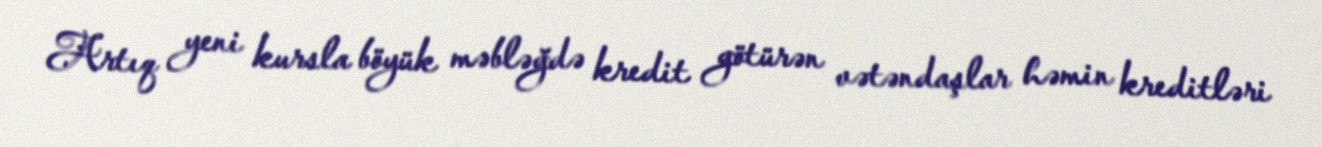
Artıq yeni kursla böyük məbləğdə kredit götürən vətəndaşlar həmin kreditləri